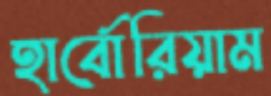
হার্বোরিয়াম